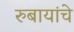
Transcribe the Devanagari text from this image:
रुबायांचे